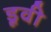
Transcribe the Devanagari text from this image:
डूवी